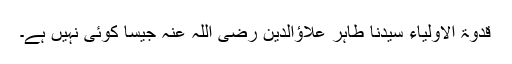
قدوۃ الاولیاء سیدنا طاہر علاؤالدین رضی اللہ عنہ جیسا کوئی نہیں ہے۔